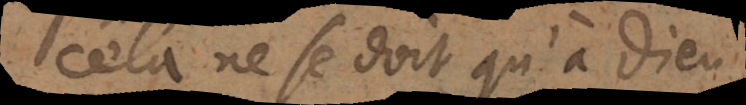
Cela ne se doit qu’à Dieu